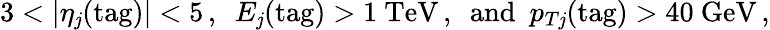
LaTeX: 3<|\eta_{\mathit{j}}(\mathrm{{tag}})|<5\, ,\ \ E_{\mathit{j}}(\mathrm{{tag}})>1~\mathrm{{TeV}}\, ,\ \ \mathrm{{and}}\ \ p_{T\mathit{j}}(\mathrm{{tag}})>40~\mathrm{{GeV}}\, ,